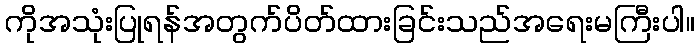
ကိုအသုံးပြုရန်အတွက်ပိတ်ထားခြင်းသည်အရေးမကြီးပါ။